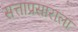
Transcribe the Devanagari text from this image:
सत्ताप्रसाराला